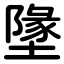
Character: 墬